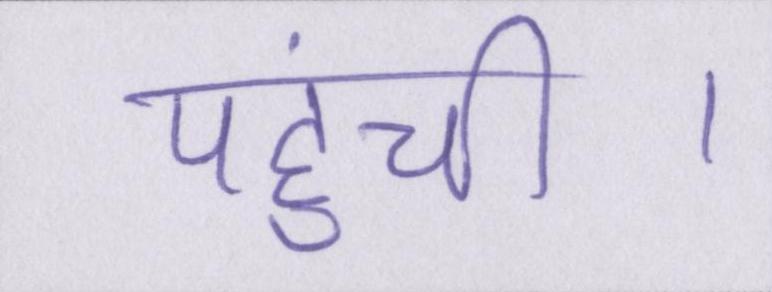
पहुंची।